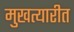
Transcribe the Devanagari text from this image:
मुखत्यारीत